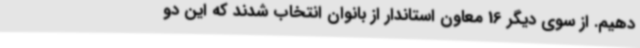
دهیم. از سوی دیگر 16 معاون استاندار از بانوان انتخاب شدند که این دو